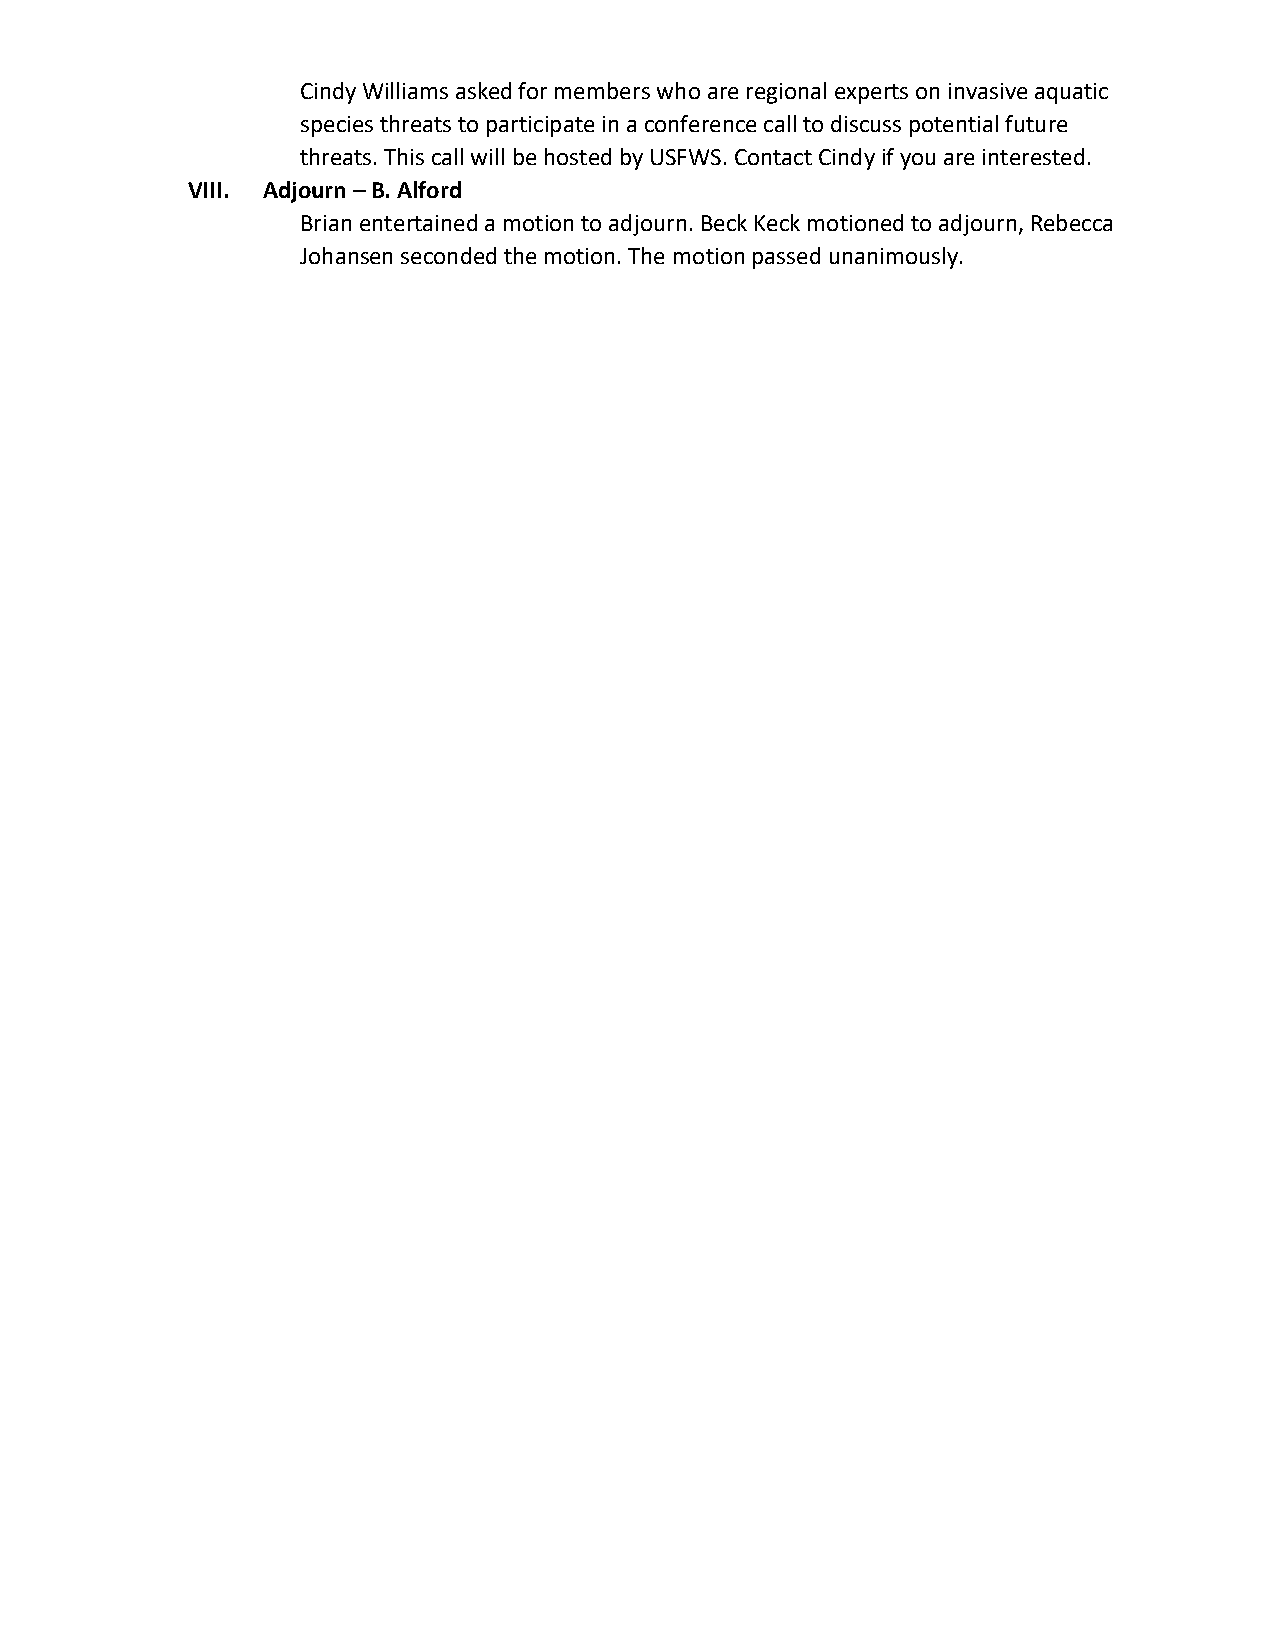
Cindy Williams asked for members who are regional experts on invasive aquatic
 species threats to participate in a conference call to discuss potential future
 threats. This call will be hosted by USFWS. Contact Cindy if you are interested.
 VIII. Adjourn – B. Alford
 Brian entertained a motion to adjourn. Beck Keck motioned to adjourn, Rebecca
 Johansen seconded the motion. The motion passed unanimously.